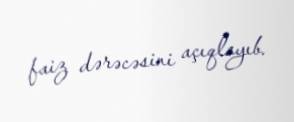
faiz dərəcəsini açıqlayıb.